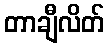
တာချီလိတ်